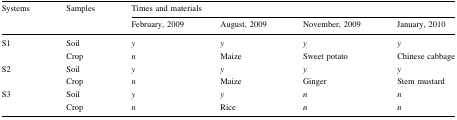
<table><thead><tr><td rowspan="2"><b>Systems</b></td><td rowspan="2"><b>Samples</b></td><td colspan="4"><b>Times and materials</b></td></tr><tr><td><b>February, 2009</b></td><td><b>August, 2009</b></td><td><b>November, 2009</b></td><td><b>January, 2010</b></td></tr></thead><tbody><tr><td rowspan="2">S1</td><td>Soil</td><td><i>y</i></td><td><i>y</i></td><td><i>y</i></td><td><i>y</i></td></tr><tr><td>Crop</td><td><i>n</i></td><td>Maize</td><td>Sweet potato</td><td>Chinese cabbage</td></tr><tr><td rowspan="2">S2</td><td>Soil</td><td><i>y</i></td><td><i>y</i></td><td><i>y</i></td><td><i>y</i></td></tr><tr><td>Crop</td><td><i>n</i></td><td>Maize</td><td>Ginger</td><td>Stem mustard</td></tr><tr><td rowspan="2">S3</td><td>Soil</td><td><i>y</i></td><td><i>y</i></td><td><i>n</i></td><td><i>n</i></td></tr><tr><td>Crop</td><td><i>n</i></td><td>Rice</td><td><i>n</i></td><td><i>n</i></td></tr></tbody></table>